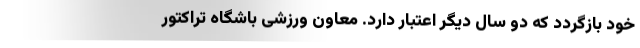
خود بازگردد که دو سال دیگر اعتبار دارد. معاون ورزشی باشگاه تراکتور